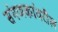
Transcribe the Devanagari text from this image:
संगणकांवरील